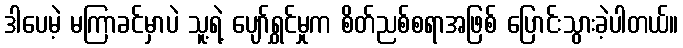
ဒါပေမဲ့ မကြာခင်မှာပဲ သူ့ရဲ့ ပျော်ရွှင်မှုက စိတ်ညစ်စရာအဖြစ် ပြောင်းသွားခဲ့ပါတယ်။